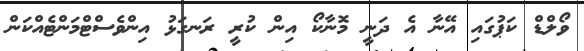
ވޯލްޑް ކަޕުގައި އޭނާ އެ ދަނީ މޮނާކޯ އިން ކުރީ ރަނގަޅު އިންވެސްޓްމަންޓެއްކަން